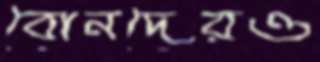
বোনদেরও